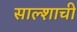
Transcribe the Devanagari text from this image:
साल्शाची